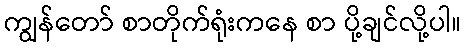
ကျွန်တော် စာတိုက်ရုံးကနေ စာ ပို့ချင်လို့ပါ။